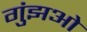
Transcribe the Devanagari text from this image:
गुंझओ